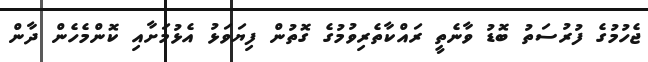
ޖެހުމުގެ ފުރުސަތު ބޮޑު ވާނެތީ ރައްކާތެރިވުމުގެ ގޮތުން ފިޔަވަޅު އެޅުމަށާއި ކޮންމެހެން ދާން